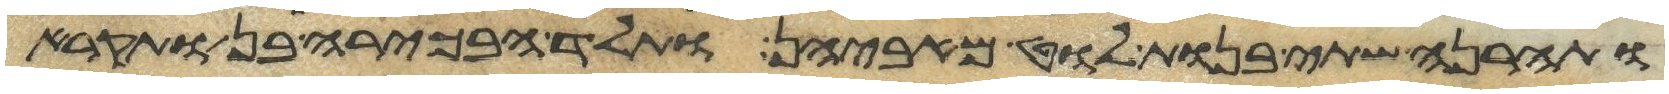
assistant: ותהרנה שתי בנות לוט מאביהן ותלד הבכירה בן ותקרא